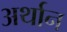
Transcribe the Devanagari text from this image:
अर्थान